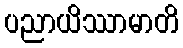
ပညာယိဿာမာတိ